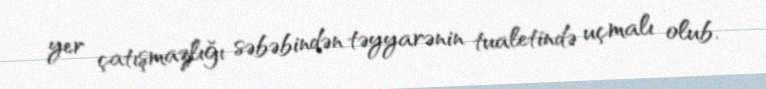
yer çatışmazlığı səbəbindən təyyarənin tualetində uçmalı olub.